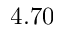
4 . 7 0